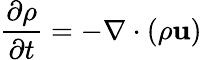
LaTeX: {\frac{\partial\rho}{\partial t}}=-\nabla\cdot(\rho\mathbf{u})